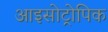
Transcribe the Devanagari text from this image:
आइसोट्रोपिक